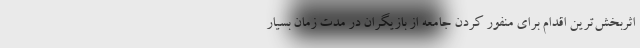
اثربخش‌ترین اقدام برای منفور کردن جامعه از بازیگران در مدت زمان بسیار